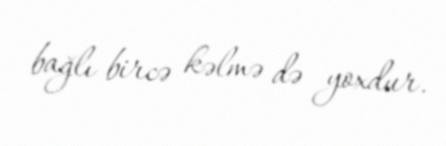
bağlı bircə kəlmə də yoxdur.